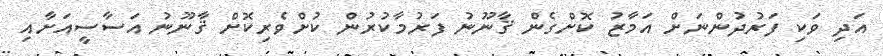
އަދި ވަކި ފަރުދުންނަށް އަމާޒު ކޮށްގެން ޤާނޫނު ފަރުމާކުރުން ކުށްވެރިކޮށް ޤާނޫނު އަސާސީއަށާއި